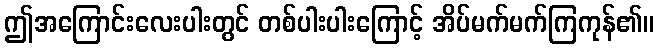
ဤအကြောင်းလေးပါးတွင် တစ်ပါးပါးကြောင့် အိပ်မက်မက်ကြကုန်၏။